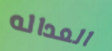
العداله